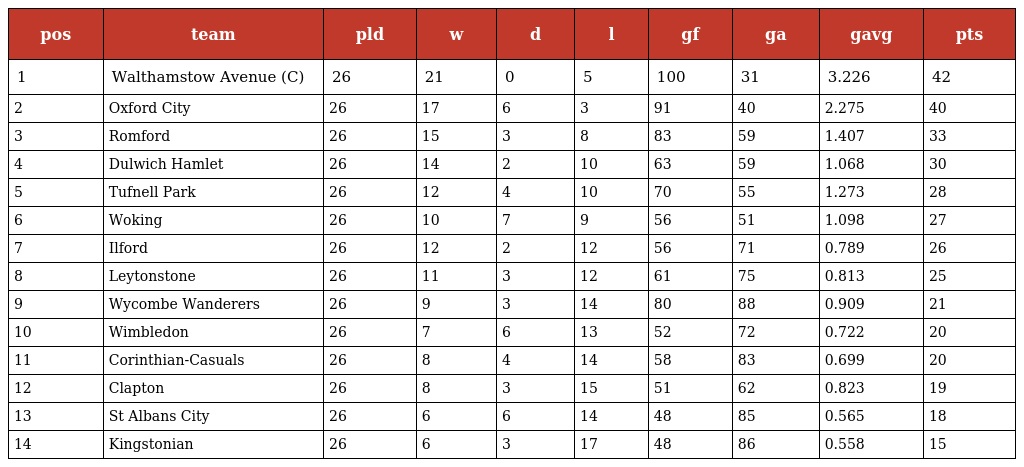
| pos | team | pld | w | d | l | gf | ga | gavg | pts |
 | --- | --- | --- | --- | --- | --- | --- | --- | --- | --- |
 | 1 | Walthamstow Avenue (C) | 26 | 21 | 0 | 5 | 100 | 31 | 3.226 | 42 |
 | 2 | Oxford City | 26 | 17 | 6 | 3 | 91 | 40 | 2.275 | 40 |
 | 3 | Romford | 26 | 15 | 3 | 8 | 83 | 59 | 1.407 | 33 |
 | 4 | Dulwich Hamlet | 26 | 14 | 2 | 10 | 63 | 59 | 1.068 | 30 |
 | 5 | Tufnell Park | 26 | 12 | 4 | 10 | 70 | 55 | 1.273 | 28 |
 | 6 | Woking | 26 | 10 | 7 | 9 | 56 | 51 | 1.098 | 27 |
 | 7 | Ilford | 26 | 12 | 2 | 12 | 56 | 71 | 0.789 | 26 |
 | 8 | Leytonstone | 26 | 11 | 3 | 12 | 61 | 75 | 0.813 | 25 |
 | 9 | Wycombe Wanderers | 26 | 9 | 3 | 14 | 80 | 88 | 0.909 | 21 |
 | 10 | Wimbledon | 26 | 7 | 6 | 13 | 52 | 72 | 0.722 | 20 |
 | 11 | Corinthian-Casuals | 26 | 8 | 4 | 14 | 58 | 83 | 0.699 | 20 |
 | 12 | Clapton | 26 | 8 | 3 | 15 | 51 | 62 | 0.823 | 19 |
 | 13 | St Albans City | 26 | 6 | 6 | 14 | 48 | 85 | 0.565 | 18 |
 | 14 | Kingstonian | 26 | 6 | 3 | 17 | 48 | 86 | 0.558 | 15 |